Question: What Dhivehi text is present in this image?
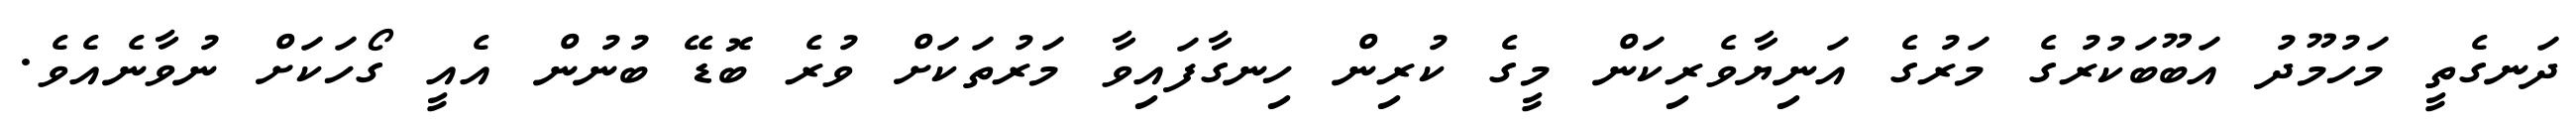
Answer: ދަނގެތީ މަހުމޫދު އަބޫބަކުރުގެ މަރުގެ އަނިޔާވެރިކަން މީގެ ކުރިން ހިނގާފައިވާ މަރުތަކަށް ވުރެ ބޮޑޭ ބުނުން އެއީ ގޯހަކަށް ނުވާނެއެވެ.